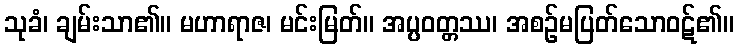
သုခံ၊ ချမ်းသာ၏။ မဟာရာဇ၊ မင်းမြတ်။ အပ္ပဝတ္တဿ၊ အစဉ်မပြတ်သောဝဋ်၏။